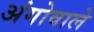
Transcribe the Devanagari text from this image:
अंगोवाले